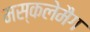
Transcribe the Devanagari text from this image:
मस्कलेमैग